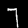
Digit: 7